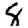
Digit: 8